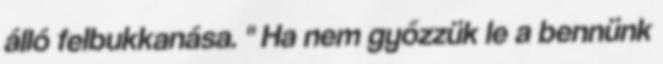
álló felbukkanása. " Ha nem győzzük le a bennünk